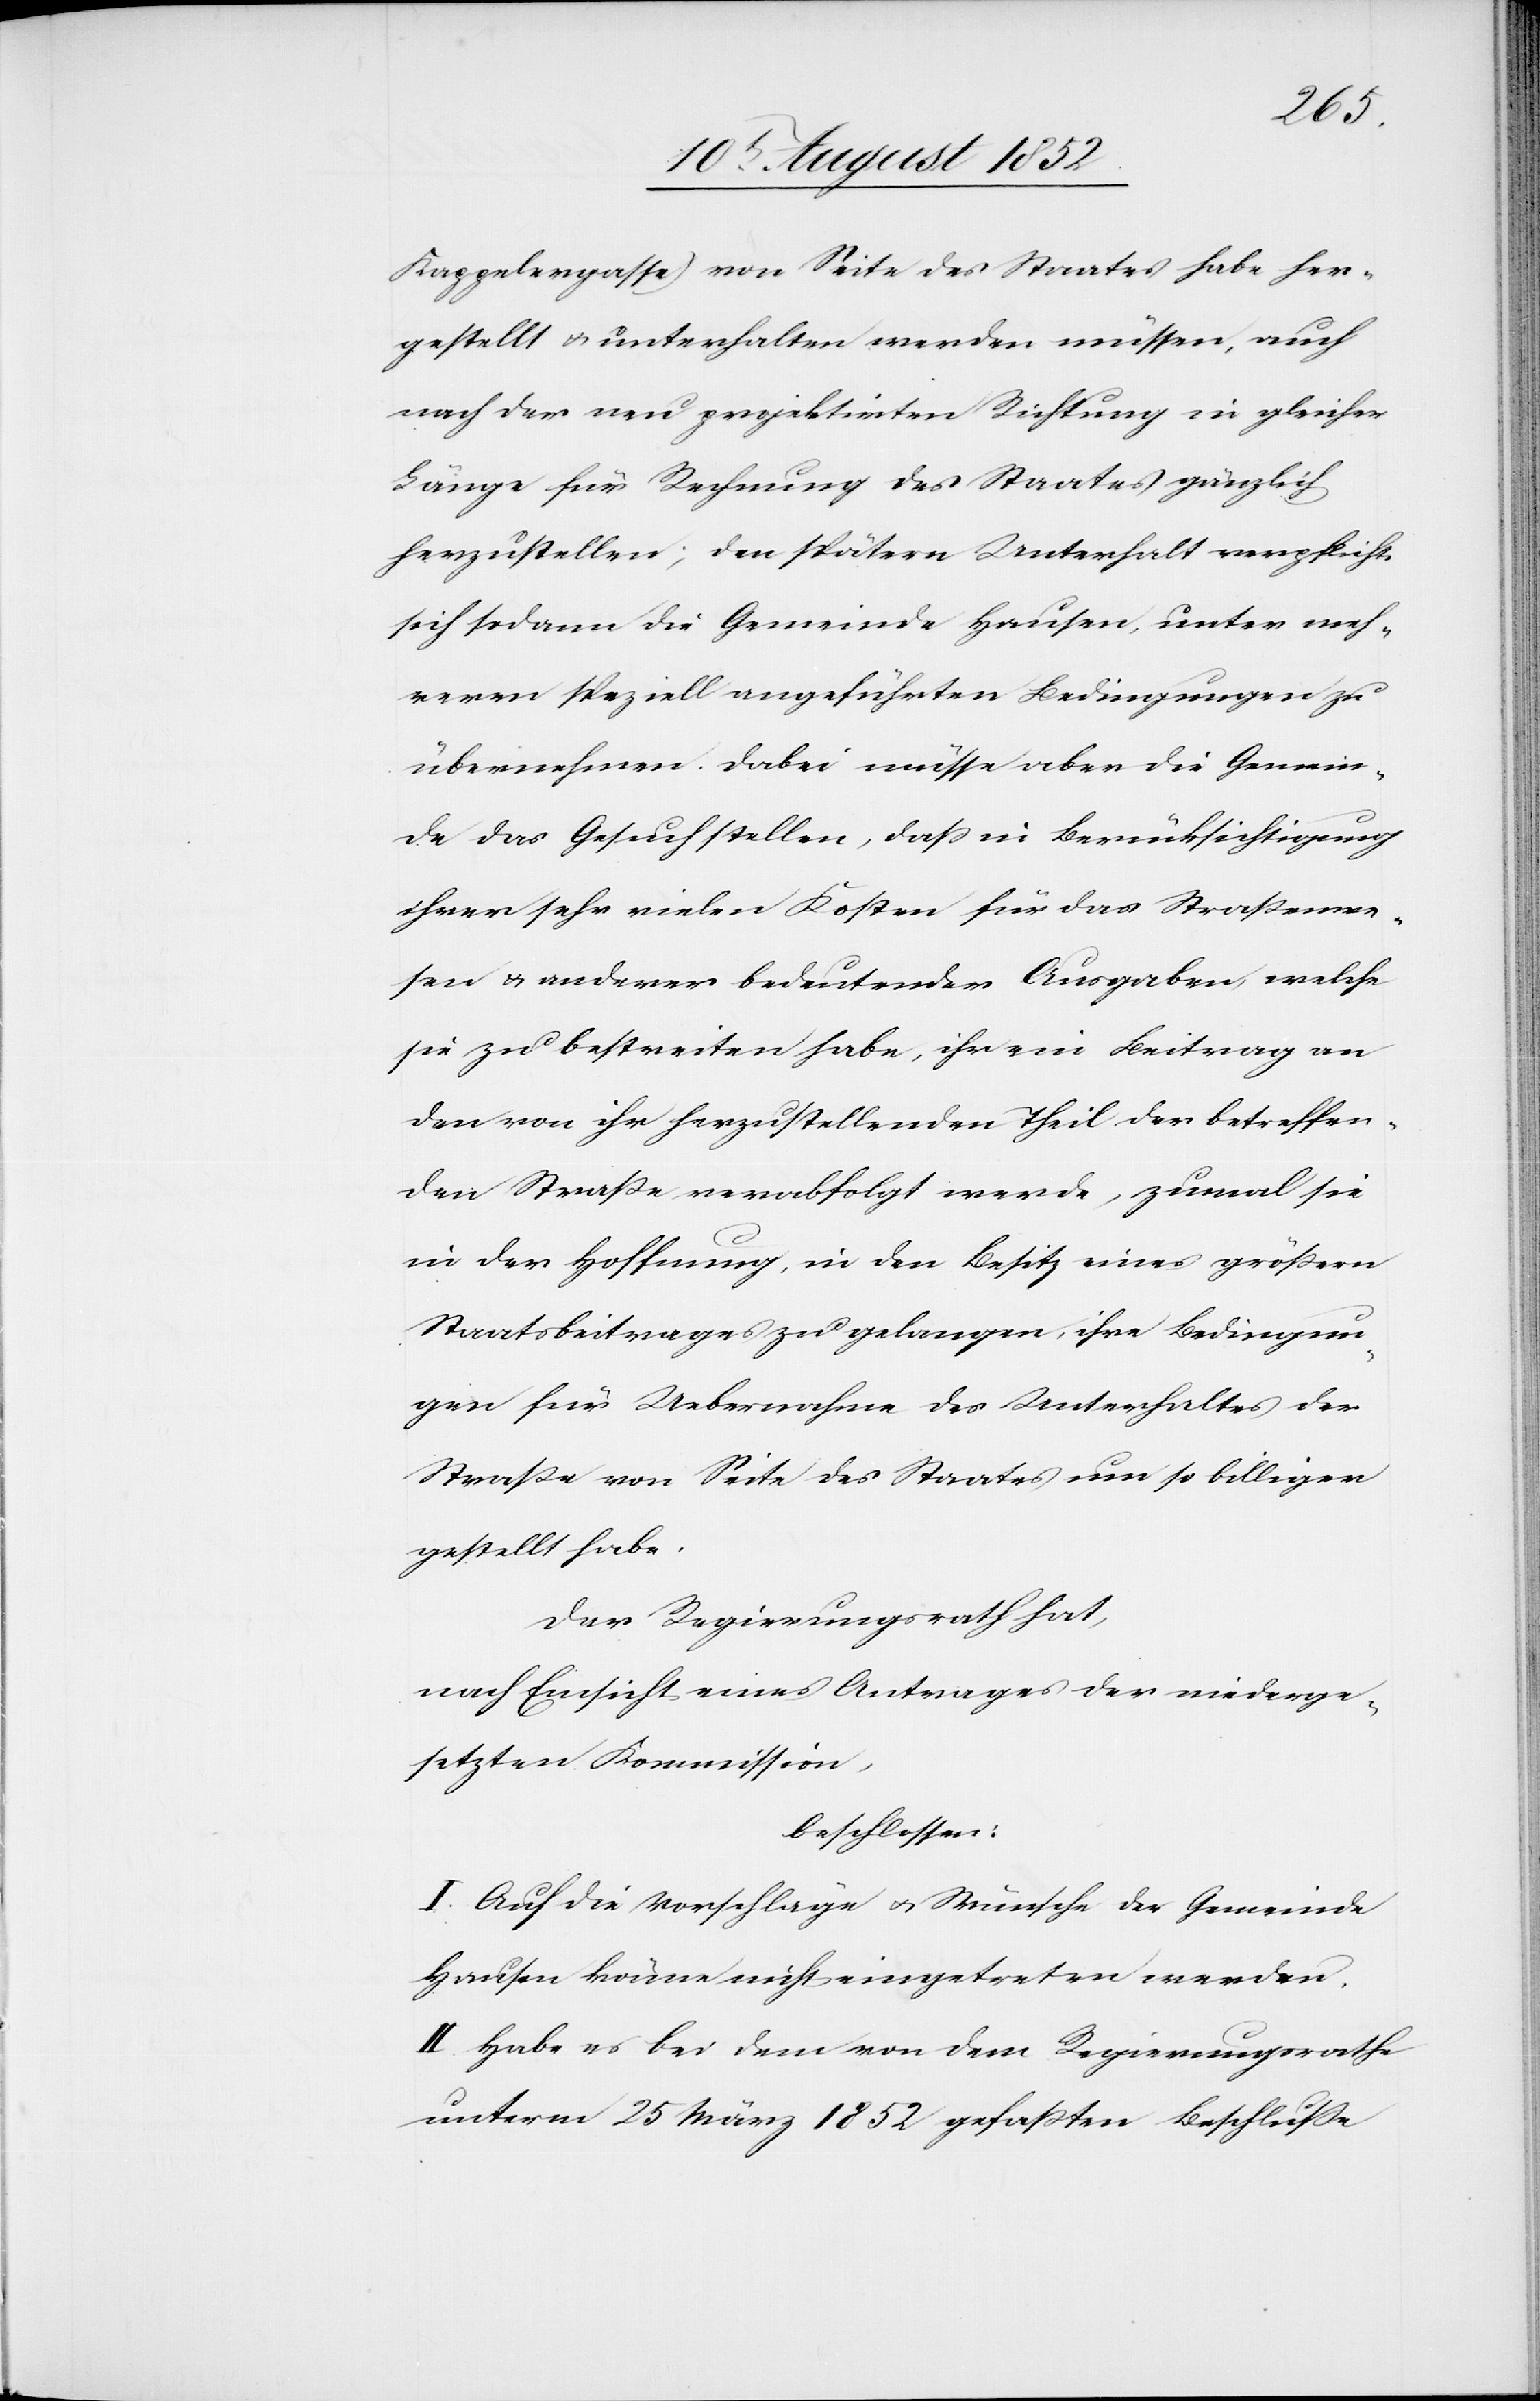
Kappelergasse) von Seite des Staates habe her¬
gestellt & unterhalten werden müssen, auch
nach der neu projektirten Richtung in gleicher
Länge für Rechnung des Staates gänzlich
herzustellen; den spätern Unterhalt verpflichte
sich sodann die Gemeinde Hausen, unter meh¬
reren speziell angeführten Bedingungen zu
übernehmen. Dabei müsse aber die Gemein¬
de das Gesuch stellen, dass in Berücksichtigung
ihrer sehr vielen Kosten für das Straßenwe¬
sen & anderer bedeutender Ausgaben, welche
sie zu bestreiten habe, ihr ein Beitrag an
den von ihr herzustellenden Theil der betreffen¬
den Straße verabfolgt werde, zumal sie
in der Hoffnung, in den Besitz eines größern
Staatsbeitrages zu gelangen, ihre Bedingun¬
gen für Uebernahme des Unterhaltes der
Straße von Seite des Staates um so billiger
gestellt habe.
Der Regierungsrath hat,
nach Einsicht eines Antrages der niederge¬
setzten Kommission,
beschlossen:
I. Auf die Vorschläge & Wünsche der Gemeinde
Hausen könne nicht eingetreten werden.
II. Habe es bei dem von dem Regierungsrathe
unterm 25 März 1852 gefaßten Beschluße